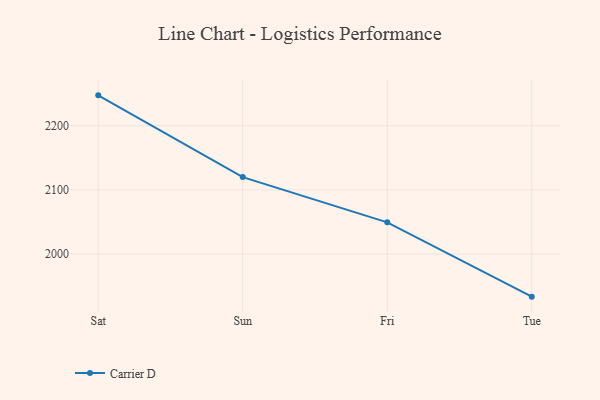
{"axis": {"x": "Day", "y": "Latency (ms)"}, "legend": ["Carrier D"], "data": [{"x": "Sat", "y": 2247.4, "type": "Carrier D"}, {"x": "Sun", "y": 2119.9, "type": "Carrier D"}, {"x": "Fri", "y": 2049.4, "type": "Carrier D"}, {"x": "Tue", "y": 1933.5, "type": "Carrier D"}]}